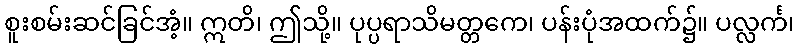
စူးစမ်းဆင်ခြင်အံ့။ ဣတိ၊ ဤသို့။ ပုပ္ပရာသိမတ္တကေ၊ ပန်းပုံအထက်၌။ ပလ္လင်္က၊